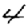
Digit: 4